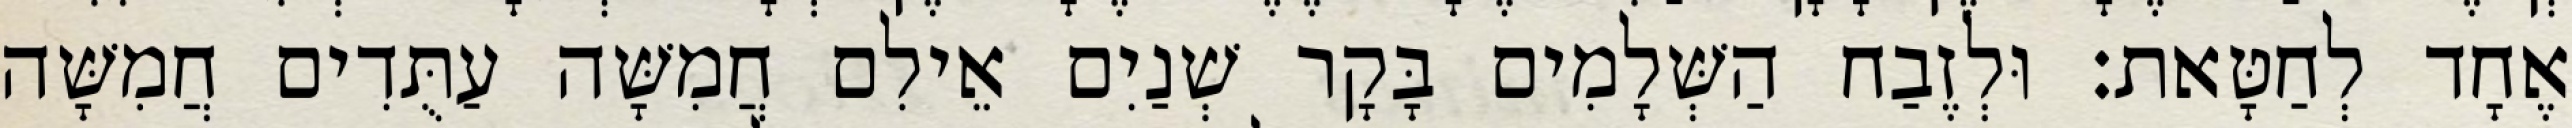
אֶחָד לְחַטָּאת׃ וּלְזֶבַח הַשְּׁלָמִים בָּקָר שְׁנַיִם אֵילִם חֲמִשָּׁה עַתֻּדִים חֲמִשָּׁה